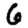
Digit: 6